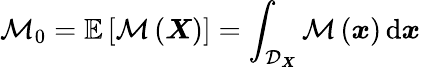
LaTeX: \mathcal{M}_{0}=\mathbb{E}\left[\mathcal{M}\left(\boldsymbol{X}\right)\right]=\int_{\mathcal{D}_{\boldsymbol{X}}}\mathcal{M}\left(\boldsymbol{x}\right)\, \mathrm{d}\boldsymbol{x}